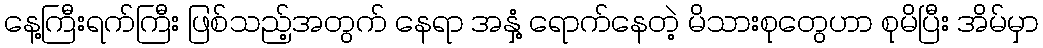
နေ့ကြီးရက်ကြီး ဖြစ်သည့်အတွက် နေရာ အနှံ့ ရောက်နေတဲ့ မိသားစုတွေဟာ စုမိပြီး အိမ်မှာ